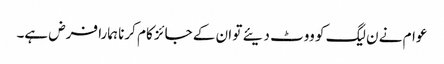
عوام نے ن لیگ کو ووٹ دیئے تو ان کے جائز کام کرنا ہمارا فرض ہے۔